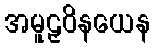
အမူဠှဝိနယေန